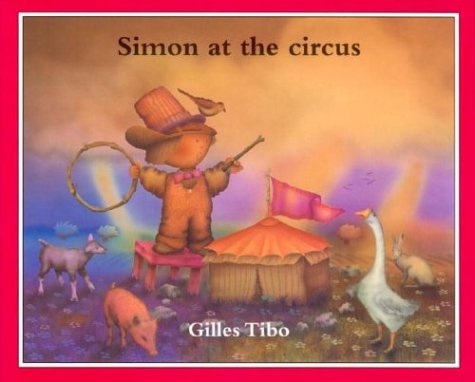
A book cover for Simon at the circus; Gilles Tibo; Arts & Photography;